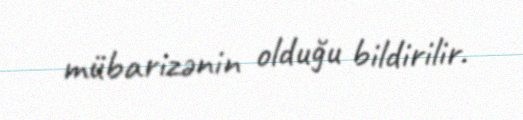
mübarizənin olduğu bildirilir.